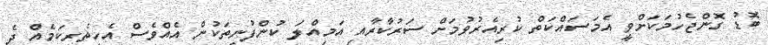
ބޮޑު ގޮންޖެހުމަކަށްވީ އެމަސަައްކަތް ކުރިއެރުވުމަށް ސަރުކާރާއި އަމިއްލަ ކުންފުނިތަކުން އެއްވެސް އެހީތެރިކަމެއް ދެ